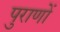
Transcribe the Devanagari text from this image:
पुराणाें